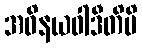
အဝိနယဝါဒီတိပိ